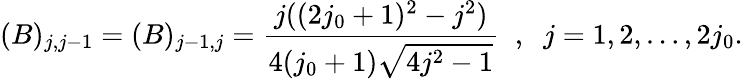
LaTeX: (B)_{j,j-1}=(B)_{j-1,j}=\frac{j((2j_{0}+1)^{2}-j^{2})}{4(j_{0}+1)\sqrt{4j^{2}-1}}\; \; ,\; \; j=1,2,\ldots,2j_{0}.